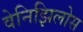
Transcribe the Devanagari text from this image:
वेनिझिलोस